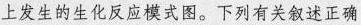
上发生的生化反应模式图。下列有关叙述正确